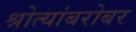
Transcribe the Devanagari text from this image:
श्रोत्यांबरोबर